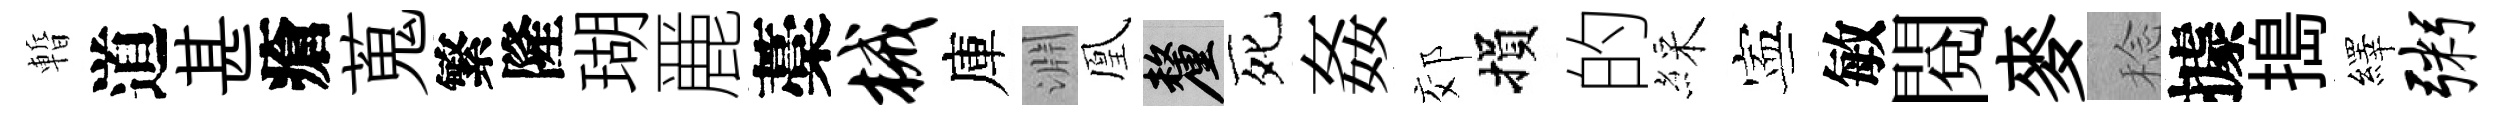
暫道甚瘡蒐繁隆瑚䴡藁械庫淵凰厘死姦郊損的綵寕敏閲麥稔據搗繹粥